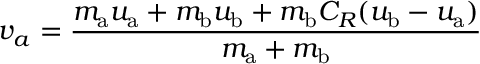
v _ { a } = { \frac { m _ { \mathrm { a } } u _ { \mathrm { a } } + m _ { \mathrm { b } } u _ { \mathrm { b } } + m _ { \mathrm { b } } C _ { R } ( u _ { \mathrm { b } } - u _ { \mathrm { a } } ) } { m _ { \mathrm { a } } + m _ { \mathrm { b } } } }